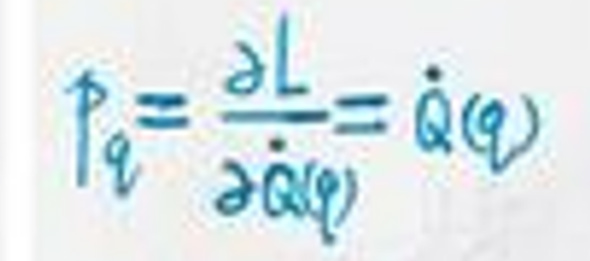
\[
p_{q}=\frac{\partial L}{\partial \dot{q}(q)}=\dot{Q}(q)
\]